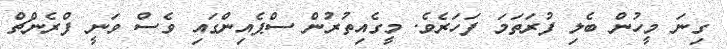
ގިނަ މީހުން ބެލި ފުރަތަމަ ފަހަރެވެ. މީގެއިތުރުން ސްޕެއިންގައި ވެސް ވަނީ ފްރެންޗް